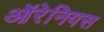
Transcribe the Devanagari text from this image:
ऑरेनियस